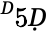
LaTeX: ^Ḋ5Ḍ